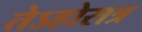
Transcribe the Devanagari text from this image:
तेऽहोरात्र